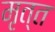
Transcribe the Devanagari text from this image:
मृत्त